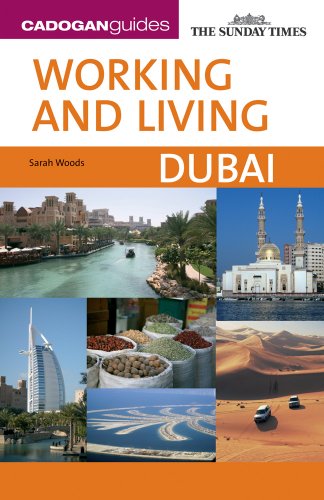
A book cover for Working and Living: Dubai (Cadogan Guide Working and Living Dubai); Sarah Woods; Travel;